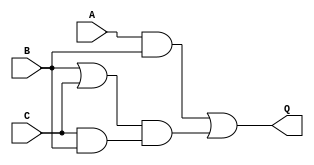
module structure (A,
                  B,
                  C,
                  Q);
    input A, B, C;
    output Q;
    wire w1, w2, w3, w4;
    and and1(w1, A, B);
    or or1(w2, B, C);
    and and2(w3, C, B);
    and and3(w4, w2, w3);
    or or2(Q, w1, w4);
endmodule